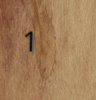
1